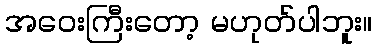
အဝေးကြီးတော့ မဟုတ်ပါဘူး။